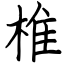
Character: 椎